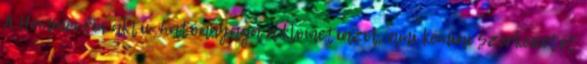
A Heminevrin aktív hatóanyaga a klometiazol, ami kémiai szerkezetét